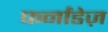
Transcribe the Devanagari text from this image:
फर्नांडेज़